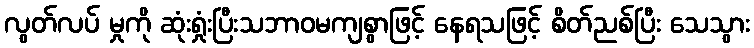
လွတ်လပ် မှုကို ဆုံးရှုံးပြီးသဘာဝမကျစွာဖြင့် နေရသဖြင့် စိတ်ညစ်ပြီး သေသွား